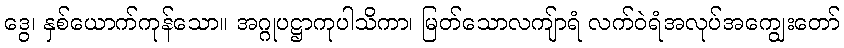
ဒွေ၊ နှစ်ယောက်ကုန်သော။ အဂ္ဂုပဋ္ဌာကုပါသိကာ၊ မြတ်သောလကျ်ာရံ လက်ဝဲရံအလုပ်အကျွေးတော်